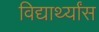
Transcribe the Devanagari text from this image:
विद्यार्थ्यांस